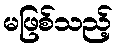
မဖြစ်သည့်